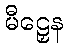
မီဠှေန